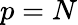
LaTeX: p=N